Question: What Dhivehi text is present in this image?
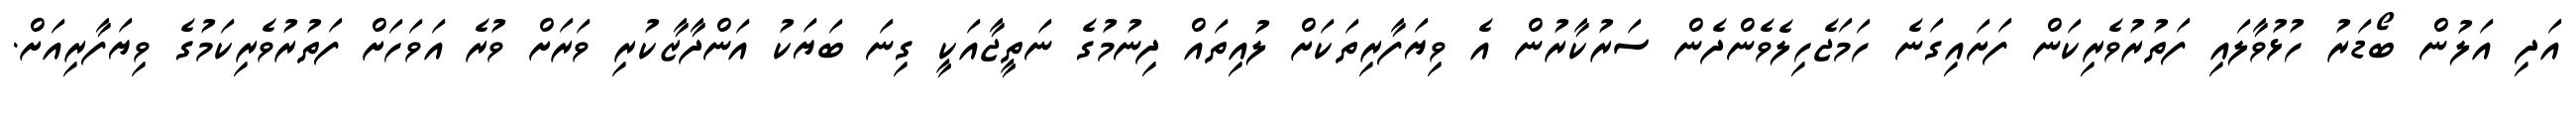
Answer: އަދި އަލުން ބޯޑަރު ހުޅުވާލައި ފަތުރުވެރިކަން ފަށައިގަނެ ހަމަޖެހިލެވެންދެން ސަރުކާރުން އެ ވިޔަފާރިތަކަށް ލުއިތައް ދިނުމުގެ ނަތީޖާއަކީ ގިނަ ބަޔަކު އަންދާޒާކުރި ވަރަށް ވުރެ އަވަހަށް ފަތުރުވެރިކަމުގެ ވިޔަފާރިއަށް.